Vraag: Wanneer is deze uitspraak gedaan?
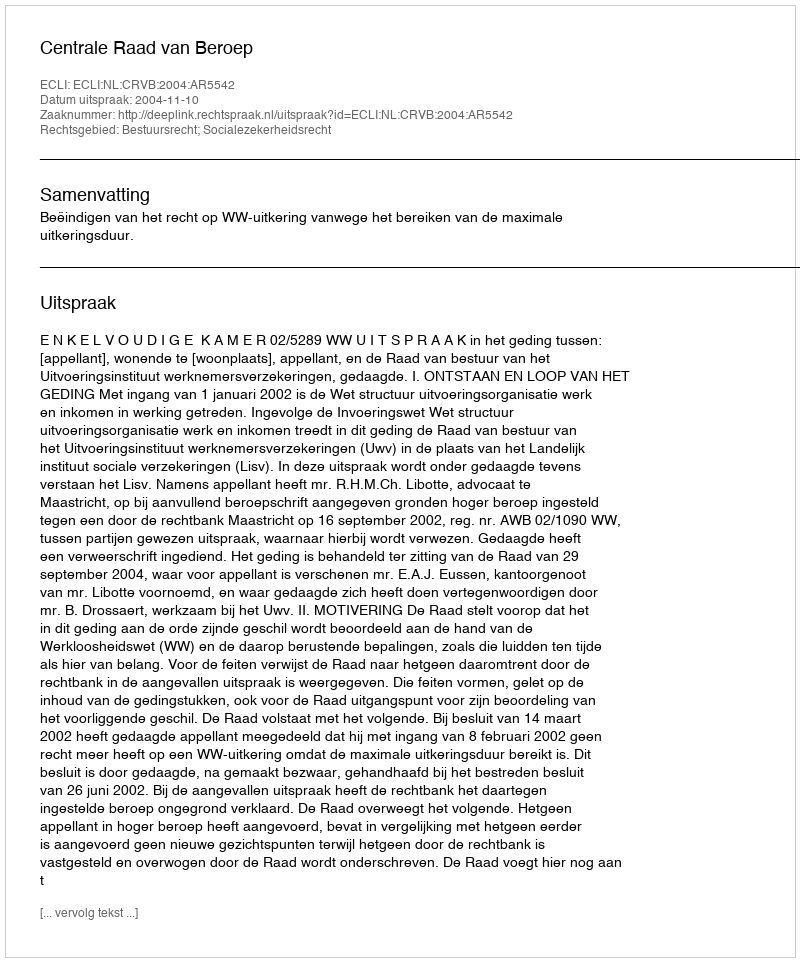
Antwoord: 2004-11-10